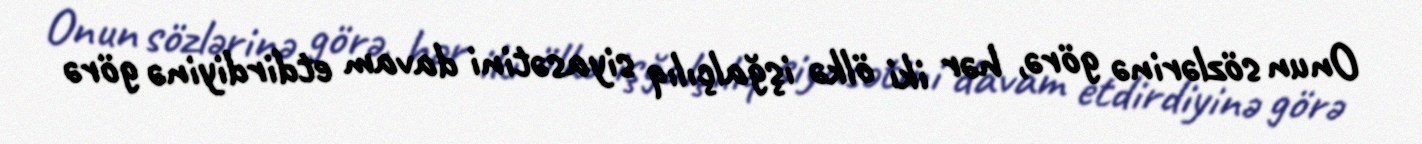
Onun sözlərinə görə, hər iki ölkə işğalçılıq siyasətini davam etdirdiyinə görə